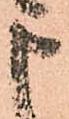
申